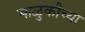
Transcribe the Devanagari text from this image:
साळुंकीच्या